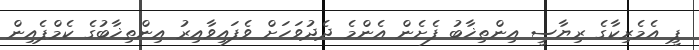
ޕީ އެމެރިކާގެ ރިޔާސީ އިންތިޚާބު ފެށެން އެންމެ ދެދުވަހަށް ވެފައިވާއިރު އިންތިޚާބުގެ ކެމްޕެއިން